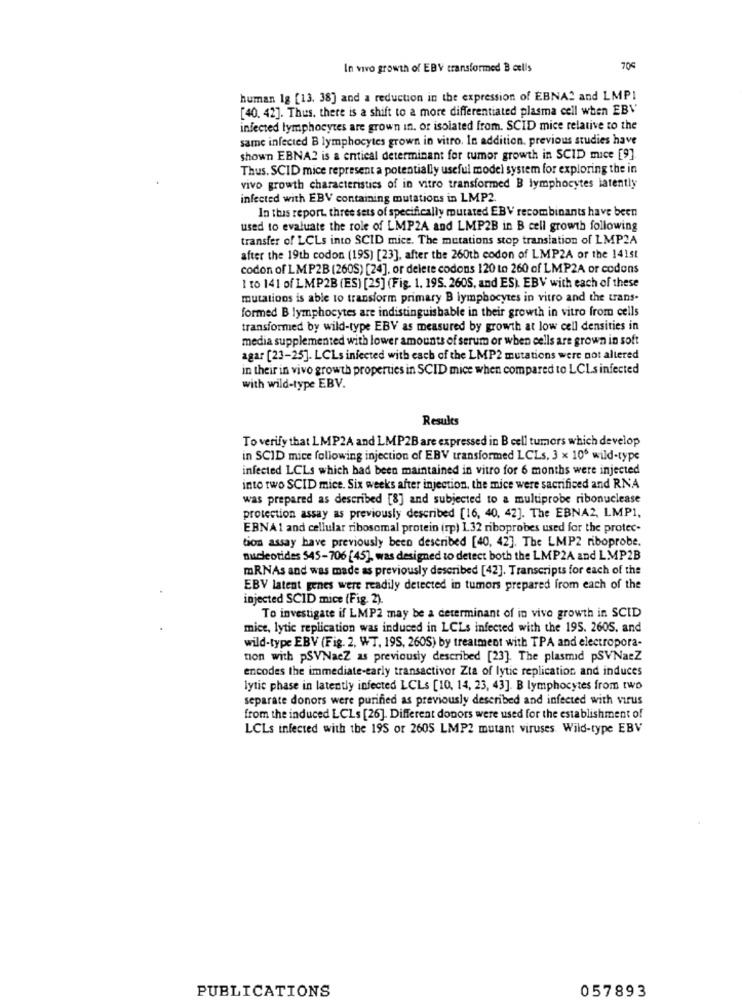
In vivo growth of EBV transformed B cells
705
human 1g [13. 38] and a reduction in the expression of EBNAS and LMPI
[40. 42]. Thus, there is a shift to a more differentiated plasma cell when EBV
infected lymphocytes are grown in. or isolated from. SCID mice relative to the
same infected B lymphocytes grown in vitro. In addition, previous studies have
shown EBNA2 is a entical determinant for tumor growth in SCID mice [9]
Thus. SCID mice represent a potentially useful model system for exploring the in
vivo growth characteristics of in vitro transformed B lymphocytes latently
infected with EBV containing mutations in LMP2.
In this report, three sets of specifically mutated EBV recombinants have been
used to evaluate the role of LMP2A and LMP2B in B cell growth following
transfer of LCLs into SCID mice. The mutations stop translation of LMP2A
after the 19th codon (195) [23], after the 260th codon of LMP2A of the 141st
codon of LMP2B (260S) [24], or delete codons 120 to 260 of LMP2A or codons
1 to 141 of LMP2B (ES) [25] (Fig. 1. 195. 260S, and ES). EBV with each of these
mutations is able to transform primary B lymphocytes in vitro and the trans-
formed B lymphocytes are indistinguishable in their growth in vitro from cells
transformed by wild-type EBV as measured by growth at low cell densities in
media supplemented with lower amounts of serum or when cells are grown in soft
agar [23-25]. LCLs infected with each of the LMP2 mutations were not altered
in their in vivo growth properties in SCID mice when compared to LCLs infected
with wild-type EBV.
Results
To verify that LMP2A and LMP2B are expressed in B cell tumors which develop
in SCID mice following injection of EBV transformed LCLs, 3 x 10º wild-type
infected LCLs which had been maintained in vitro for 6 months were injected
into two SCID mice. Six weeks after injection, the mice were sacrificed and RNA
was prepared as described [8] and subjected to a multiprobe ribonuclease
protection assay as previously described [16, 40, 42]. The EBNA2, LMP1,
EBNA 1 and cellular ribosomal protein (rp) 1.32 riboprobes used for the protec-
tion assay have previously been described [40, 42]. The LMP2 riboprobe.
nucleotides 545-706 [45], was designed to detect both the LMP2A and LMP2B
mRNAs and was made as previously described [42]. Transcripts for each of the
EBV latent genes were readily detected in tumors prepared from each of the
injected SCID mice (Fig. 2).
To investigate if LMP2 may be a determinant of in vivo growth in SCID
mice, lytic replication was induced in LCLs infected with the 195. 2605. and
wild-type EBV (Fig. 2. WT. 19S, 260S) by treatment with TPA and electropora-
non with PSVNaeZ as previously described [23]. The plasmid PSVNaeZ
encodes the immediate-early transactivor Zta of lytic replication and induces
lytic phase in latently infected LCLs [10, 14, 23, 43]. B lymphocytes from two
separate donors were purined as previously described and infected with virus
from the induced LCLs [26]. Different donors were used for the establishment of
LCLs infected with the 195 or 2605 LMP2 mutant viruses. Wild-type EBV
PUBLICATIONS
057893